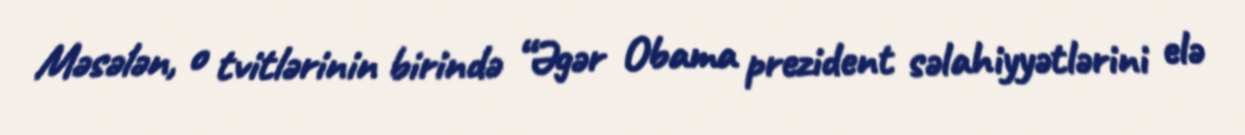
Məsələn, o tvitlərinin birində “Əgər Obama prezident səlahiyyətlərini elə